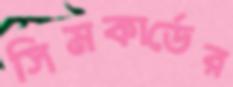
সিমকার্ডের